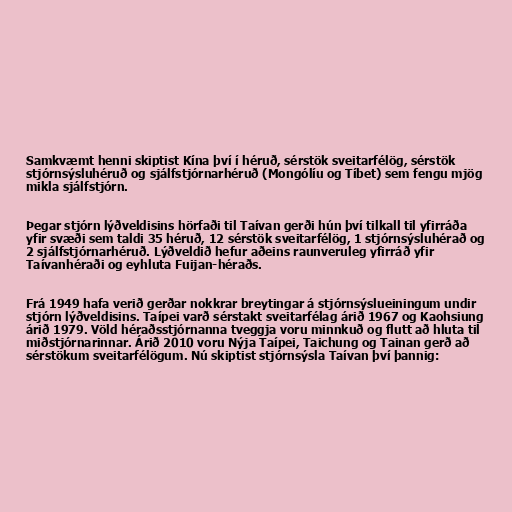
Samkvæmt henni skiptist Kína því í héruð, sérstök sveitarfélög, sérstök
stjórnsýsluhéruð og sjálfstjórnarhéruð (Mongólíu og Tíbet) sem fengu mjög
mikla sjálfstjórn.

Þegar stjórn lýðveldisins hörfaði til Taívan gerði hún því tilkall til yfirráða
yfir svæði sem taldi 35 héruð, 12 sérstök sveitarfélög, 1 stjórnsýsluhérað og
2 sjálfstjórnarhéruð. Lýðveldið hefur aðeins raunveruleg yfirráð yfir
Taívanhéraði og eyhluta Fuijan-héraðs.

Frá 1949 hafa verið gerðar nokkrar breytingar á stjórnsýslueiningum undir
stjórn lýðveldisins. Taípei varð sérstakt sveitarfélag árið 1967 og Kaohsiung
árið 1979. Völd héraðsstjórnanna tveggja voru minnkuð og flutt að hluta til
miðstjórnarinnar. Árið 2010 voru Nýja Taípei, Taichung og Tainan gerð að
sérstökum sveitarfélögum. Nú skiptist stjórnsýsla Taívan því þannig: